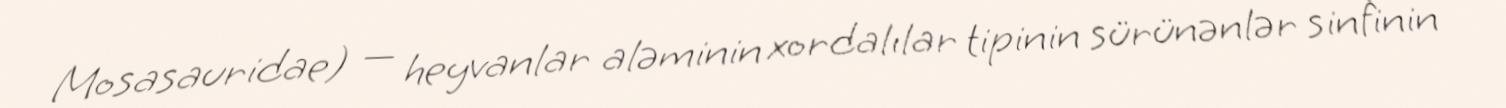
Mosasauridae) — heyvanlar aləminin xordalılar tipinin sürünənlər sinfinin